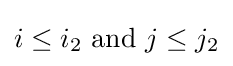
i\leq i_{2}{\text{ and }}j\leq j_{2}